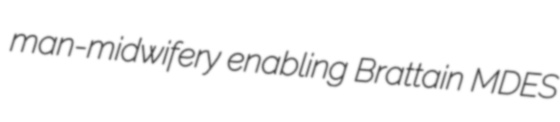
man-midwifery enabling Brattain MDES